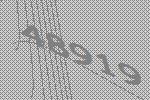
48919